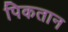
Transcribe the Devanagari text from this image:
पिकतान